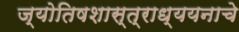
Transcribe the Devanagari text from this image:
ज्योतिषशास्त्राध्ययनाचे